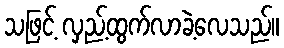
သဖြင့် လှည့်ထွက်လာခဲ့လေသည်။